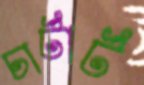
চার্টার্ট